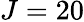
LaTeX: J=20